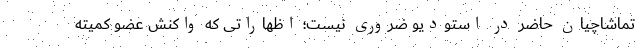
تماشاچیان حاضر در استودیو ضروری نیست؛ اظهاراتی که واکنش عضو کمیته